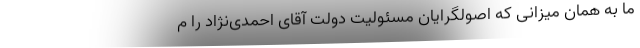
ما به همان میزانی که اصولگرایان مسئولیت دولت آقای احمدی‌نژاد را م